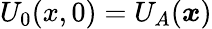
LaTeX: U_{0}(x,0)=U_{A}({\boldsymbol{x}})